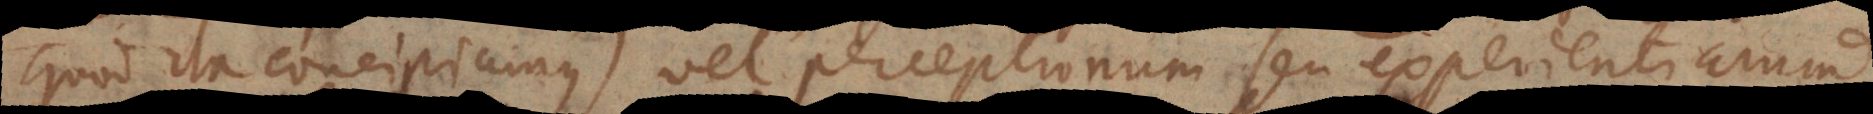
quod ita concipiamus) vel perceptionum seu experientiarum.